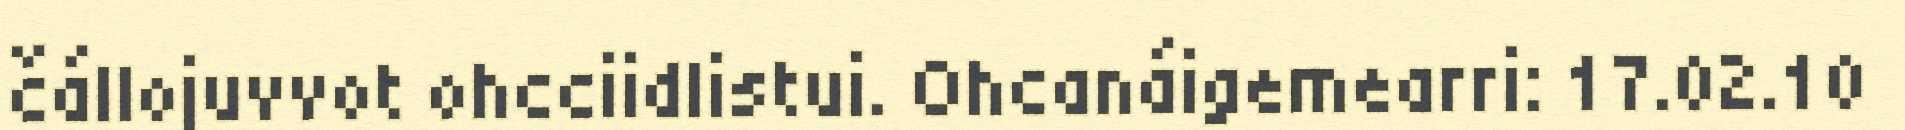
čállojuvvot ohcciidlistui. Ohcanáigemearri: 17.02.10